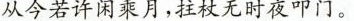
从今若许闲乘月，拄杖无时夜叩门。